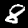
Label: 8